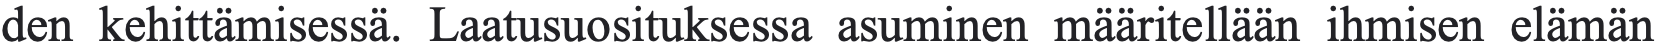
den kehittämisessä. Laatusuosituksessa asuminen määritellään ihmisen elämän